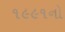
૧૯૯૧નો